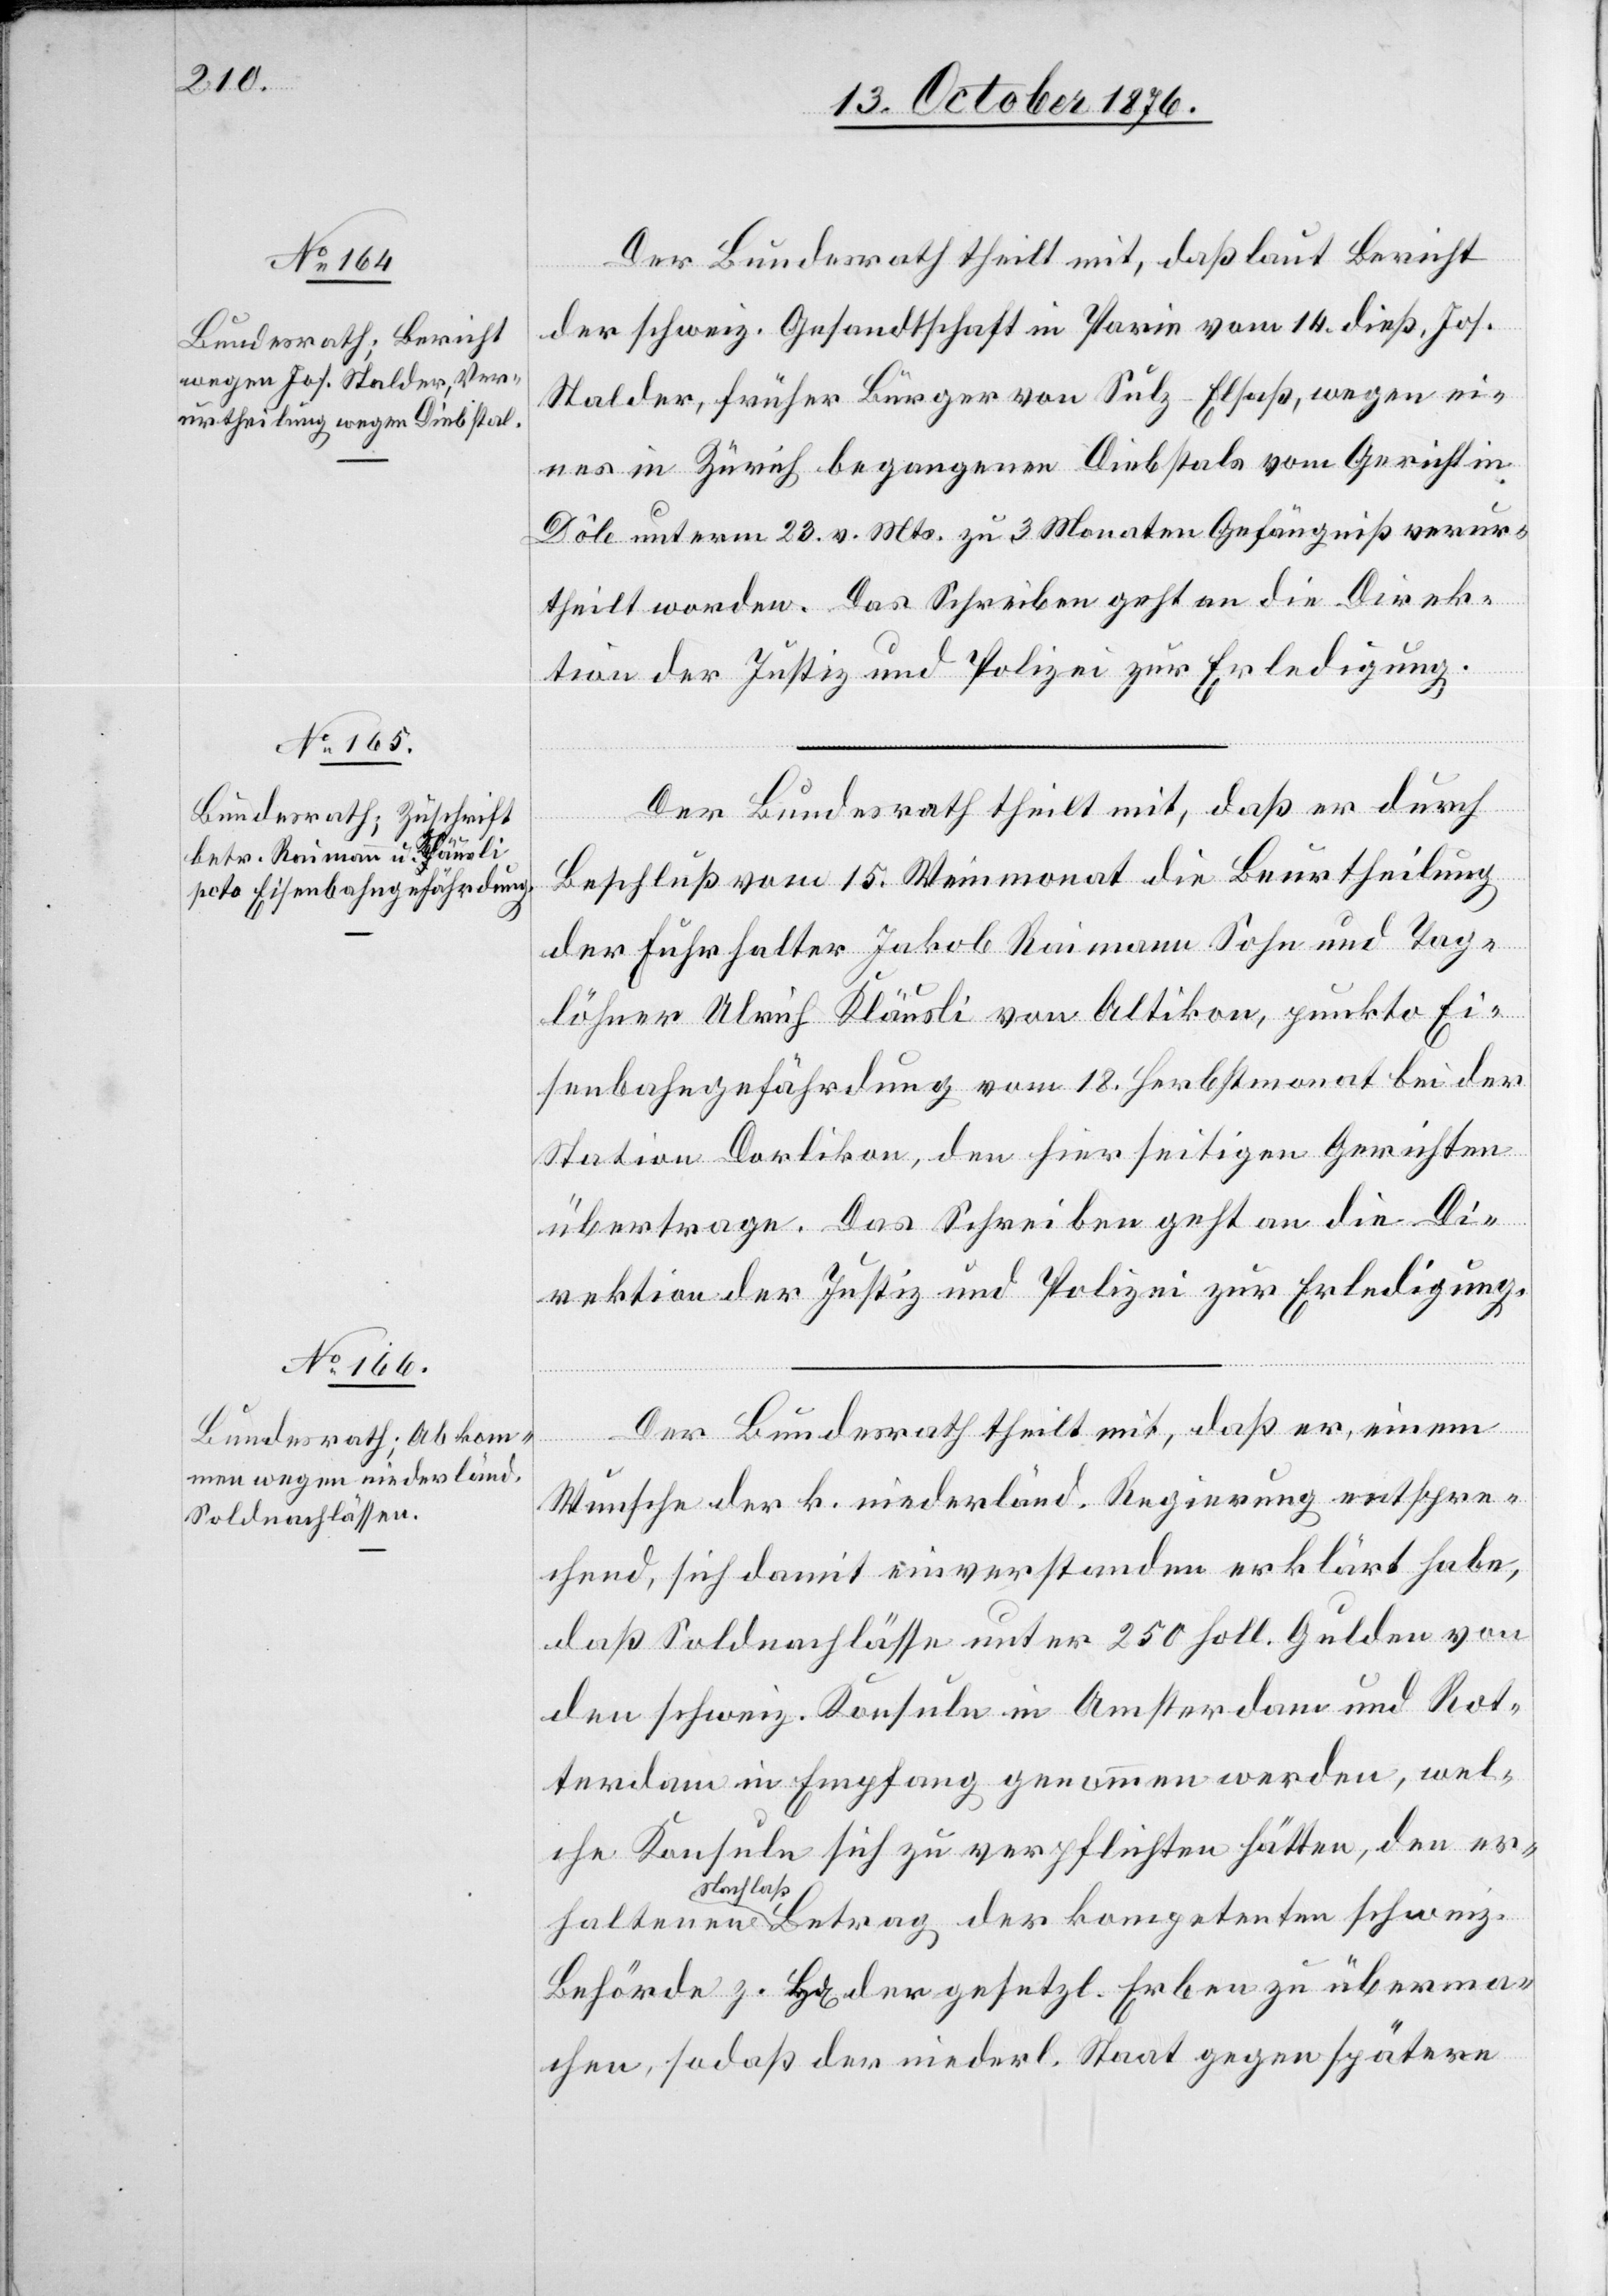
17. October 1876.]
Der Bundesrath theilt mit, daß laut Bericht
der schweiz. Gesandtschaft in Paris vom 14. dieß Jos.
Stalder, früher Bürger von Sulz - Elsaß wegen ei¬
nes in Zürich begangenen Diebstals vom Gericht in
Dole unterm 23. vor. Mts. zu 3 Monaten Gefängniß verur¬
theilt worden. Das Schreiben geht an die Direk¬
tion der Justiz und Polizei zur Erledigung.
Der Bundesrath theilt mit, daß er durch
Beschluß vom 15. Weinmonat die Beurtheilung
der Fuhrhalter Jakob Raimann Sohn und Tag¬
löhner Ulrich Kläusli von Altikon, punkto Ei¬
senbahngefährdung vom 18. Herbstmonat bei der
Station Dorlikon, den hierseitigen Gerichten
übertrage. Das Schreiben geht an die Di¬
rektion der Justiz und Polizei zur Erledigung.
Der Bundesrath theilt mit, daß er, einem
halt¬
Wunsche der k. niederländ. Regierung entspre¬
chend, sich damit einverstanden erklärt habe,
daß Soldnachlässe unter 250 holl. Gulden von
den schweiz. Konsuln in Amsterdam und Rot¬
terdam in Empfang genommen werden, wel¬
che Konsule sich zu verpflichten hätten, den er¬
Nachlaß
Behörde z. Hd der gesetzl. Erben zu überma¬
chen, sodaß der niederl. Staat gegen spätere

enen